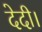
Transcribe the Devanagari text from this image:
देदी।